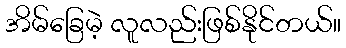
အိမ်ခြေမဲ့ လူလည်းဖြစ်နိုင်တယ်။